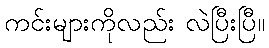
ကင်းများကိုလည်း လဲပြီးပြီ။